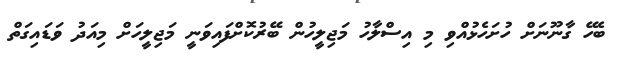
ބެހޭ ގާނޫނަށް ހުށަހެޅުއްވި މި އިސްލާހު މަޖިލީހުން ބޭރުކޮށްފައިވަނީ މަޖިލީހަށް މިއަދު ވަޑައިގަތް